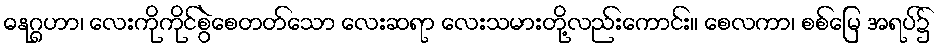
ဓနုဂ္ဂဟာ၊ လေးကိုကိုင်စွဲစေတတ်သော လေးဆရာ လေးသမားတို့လည်းကောင်း။ စေလကာ၊ စစ်မြေ အရပ်၌